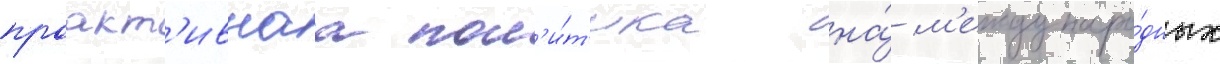
проакт'ивнаа пол'и́т'ика на́ м'еждунаро́дных